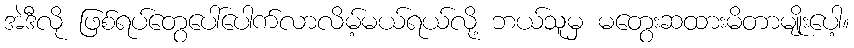
အဲဒီလို ဖြစ်ရပ်တွေပေါ်ပေါက်လာလိမ့်မယ်ရယ်လို့ ဘယ်သူမှ မတွေးဆထားမိတာမျိုးပေါ့။